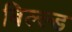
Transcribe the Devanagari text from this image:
बिल्ल्ड